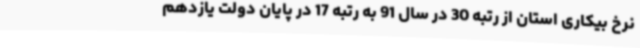
نرخ بیکاری استان از رتبه 30 در سال 91 به رتبه 17 در پایان دولت یازدهم